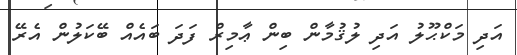
އަދި މަކްޙޫލު އަދި ލުޤުމާން ބިން ޢާމިރް ފަދަ ބައެއް ބޭކަލުން އެރޭ